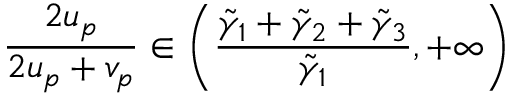
\frac { 2 u _ { p } } { 2 u _ { p } + v _ { p } } \in \left( \frac { \tilde { \gamma } _ { 1 } + \tilde { \gamma } _ { 2 } + \tilde { \gamma } _ { 3 } } { \tilde { \gamma } _ { 1 } } , + \infty \right)